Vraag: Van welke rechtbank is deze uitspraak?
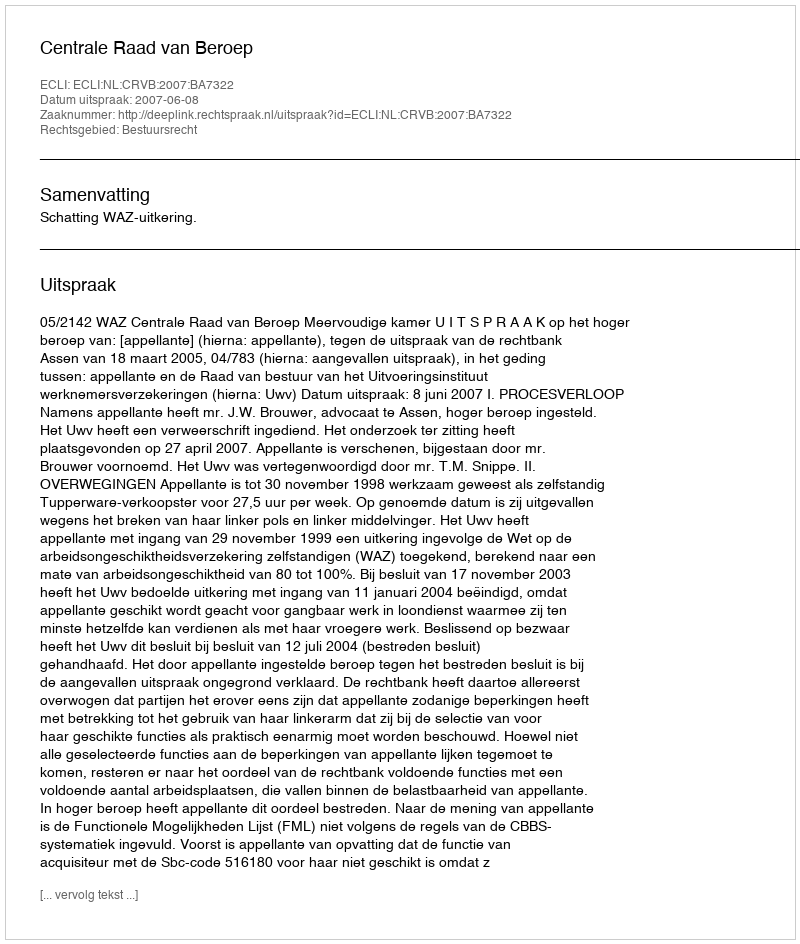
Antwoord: Centrale Raad van Beroep